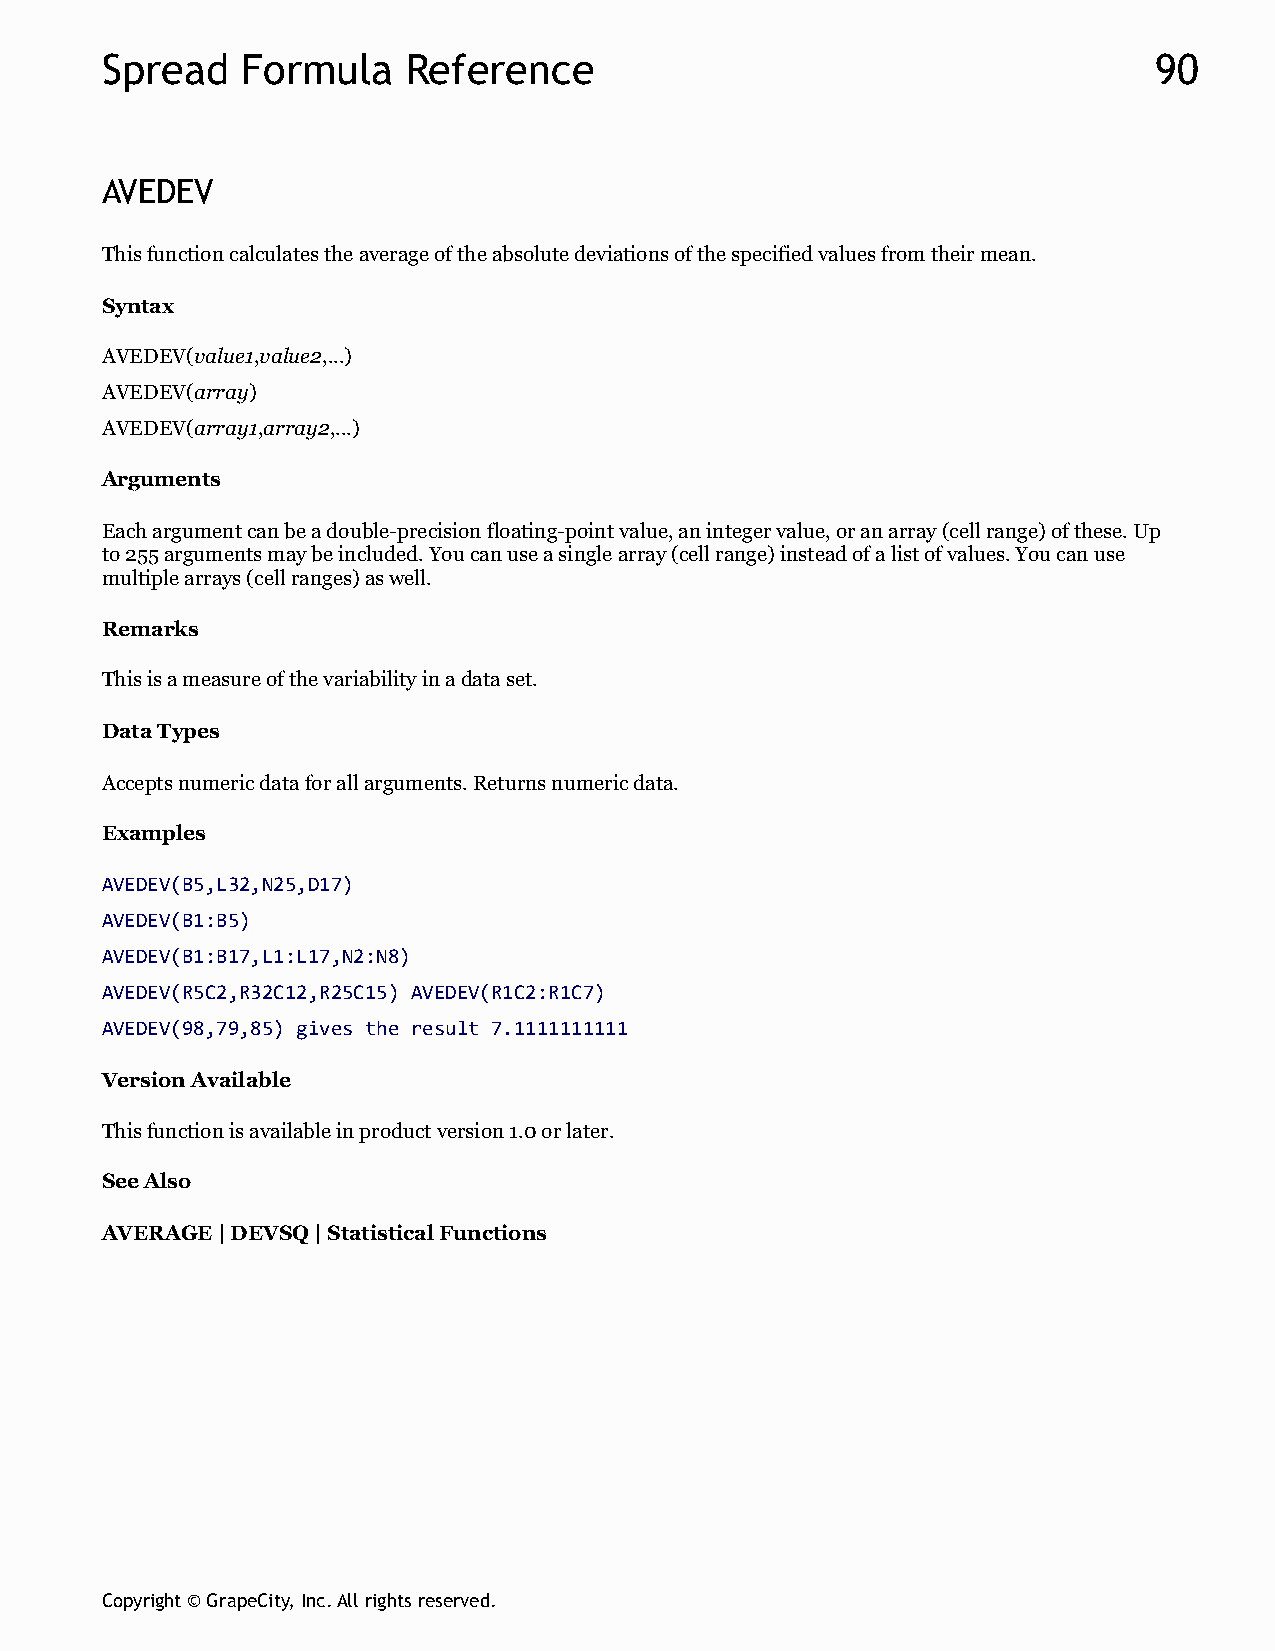
Spread   Formula    Reference                                        90
 AVEDEV
 This function calculates the average of the absolute deviations of the specified values from their mean.
 Syntax
 AVEDEV(value1,value2,...)
 AVEDEV(array)
 AVEDEV(array1,array2,...)
 Arguments
 Each argument can be a double-precision floating-point value, an integer value, or an array (cell range) of these. Up
 to 255 arguments may be included. You can use a single array (cell range) instead of a list of values. You can use
 multiple arrays (cell ranges) as well.
 Remarks
 This is a measure of the variability in a data set.
 Data Types
 Accepts numeric data for all arguments. Returns numeric data.
 Examples
 AVEDEV(B5,L32,N25,D17)
 AVEDEV(B1:B5)
 AVEDEV(B1:B17,L1:L17,N2:N8)
 AVEDEV(R5C2,R32C12,R25C15) AVEDEV(R1C2:R1C7)
 AVEDEV(98,79,85) gives the result 7.1111111111
 Version Available
 This function is available in product version 1.0 or later.
 See Also
 AVERAGE | DEVSQ | Statistical Functions
 Copyright © GrapeCity, Inc. All rights reserved.